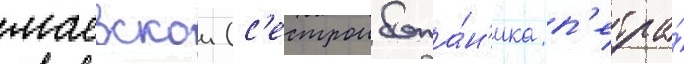
маевскои (с'естрои бота́н'ика п'етра́